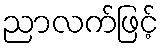
ညာလက်ဖြင့်